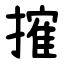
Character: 㩁